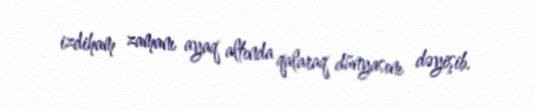
izdiham zamanı ayaq altında qalaraq dünyasını dəyişib.